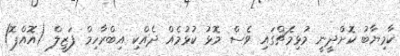
ކާމިޔާބު ކޮށްދީނީ މުޅިމެޗްގައި ވެސް މޮޅު ކުޅުމެއް ދެއްކި އިބްރާހިމް ފަޒީލް (އޮއްޕޮ)